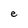
Character: e